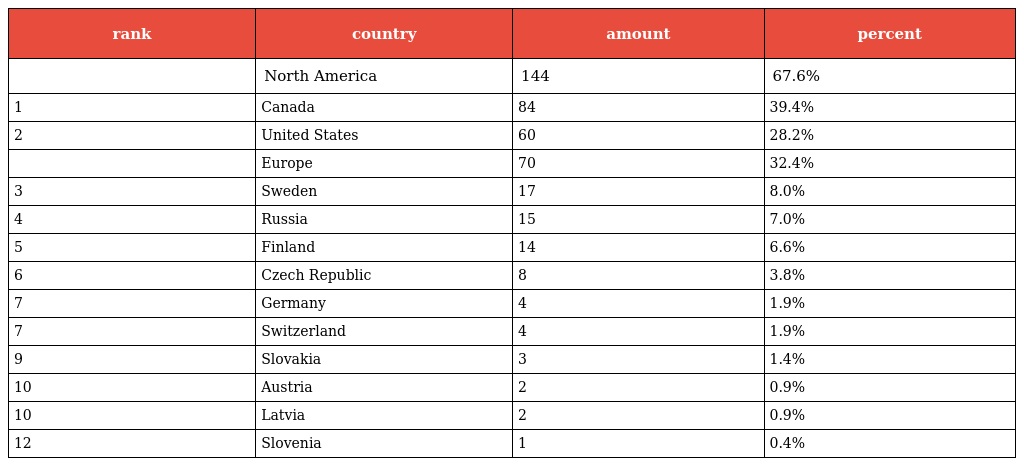
| rank | country | amount | percent |
 | --- | --- | --- | --- |
 |  | North America | 144 | 67.6% |
 | 1 | Canada | 84 | 39.4% |
 | 2 | United States | 60 | 28.2% |
 |  | Europe | 70 | 32.4% |
 | 3 | Sweden | 17 | 8.0% |
 | 4 | Russia | 15 | 7.0% |
 | 5 | Finland | 14 | 6.6% |
 | 6 | Czech Republic | 8 | 3.8% |
 | 7 | Germany | 4 | 1.9% |
 | 7 | Switzerland | 4 | 1.9% |
 | 9 | Slovakia | 3 | 1.4% |
 | 10 | Austria | 2 | 0.9% |
 | 10 | Latvia | 2 | 0.9% |
 | 12 | Slovenia | 1 | 0.4% |